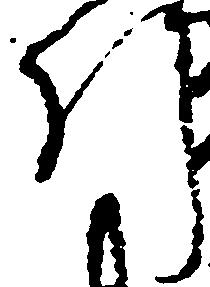
引